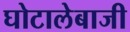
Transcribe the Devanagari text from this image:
घोटालेबाजी